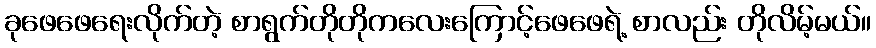
ခုဖေဖေရေးလိုက်တဲ့ စာရွက်တိုတိုကလေးကြောင့်ဖေဖေရဲ့ စာလည်း တိုလိမ့်မယ်။